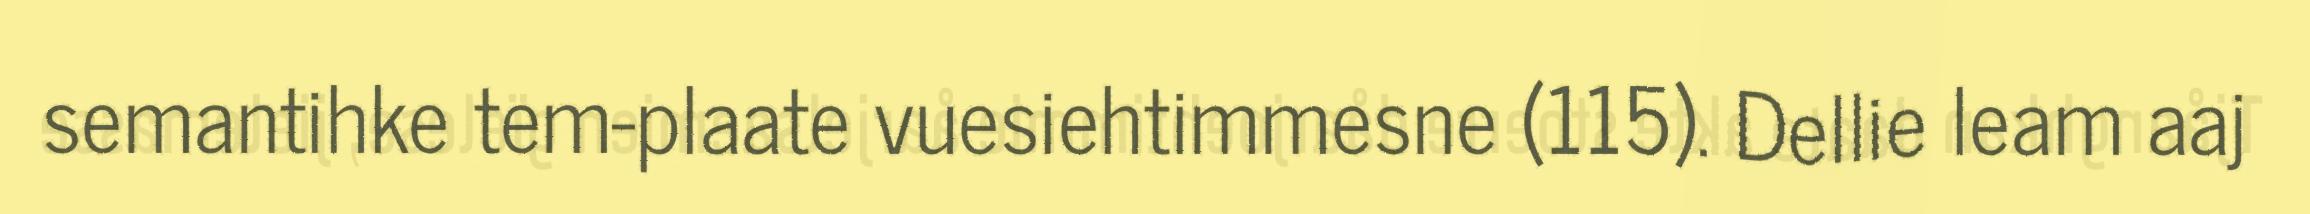
semantihke tem-plaate vuesiehtimmesne (115). Dellie leam aaj